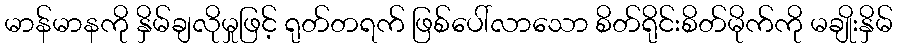
မာန်မာနကို နှိမ်ချလိုမှုဖြင့် ရုတ်တရက် ဖြစ်ပေါ်လာသော စိတ်ရိုင်းစိတ်မိုက်ကို မချိုးနှိမ်